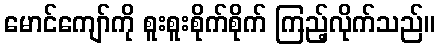
မောင်ကျော်ကို စူးစူးစိုက်စိုက် ကြည့်လိုက်သည်။